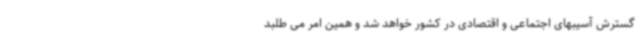
گسترش آسیبهای اجتماعی و اقتصادی در کشور خواهد شد و همین امر می طلبد